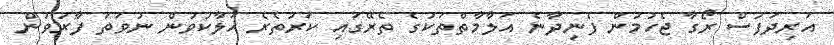
އަރިދަފުސް ރޯގާ ޖެހުމުން ފެނިދާނެ އަލާމާތްތަކުގެ ތެރޭގައި ކަރުތެރެ ހަލާކުވުން ނުވަތަ ފާރުވުން